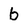
Character: b